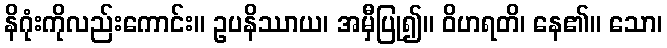
နိဂုံးကိုလည်းကောင်း။ ဥပနိဿာယ၊ အမှီပြု၍။ ဝိဟရတိ၊ နေ၏။ သော၊